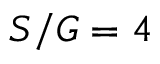
S / G = 4